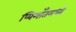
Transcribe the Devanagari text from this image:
प्यिमाँतमध्ये